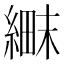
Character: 𬗱